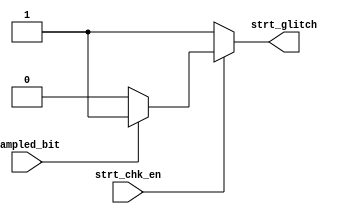
module UART_RX_strt_check (
  input wire sampled_bit ,
  input wire strt_chk_en ,
  output reg strt_glitch
  );

always @ (*)
begin
  if(strt_chk_en == 1)
    begin
      if (sampled_bit == 0) 
        begin /* Start Bit */
          strt_glitch = 0 ;
        end
      else
        begin
          strt_glitch = 1 ;
        end
      end
  else
    begin
      strt_glitch = 1 ;
    end
end

endmodule